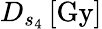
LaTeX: D_{s_{4}}\, [\mathrm{Gy}]